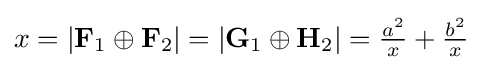
x=\left|\mathbf {F} _{1}\oplus \mathbf {F} _{2}\right|=\left|\mathbf {G} _{1}\oplus \mathbf {H} _{2}\right|={\tfrac {a^{2}}{x}}+{\tfrac {b^{2}}{x}}